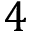
4